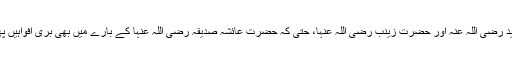
حضرت زید رضی اللہ عنہ اور حضرت زینب رضی اللہ عنہا، حتیٰ کہ حضرت عائشہ صدیقہ رضی اللہ عنہا کے بارے میں بھی بُری افواہیں پھیلائی گئی۔